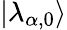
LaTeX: |\lambda_{\alpha,0}\rangle